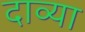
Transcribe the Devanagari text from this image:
दाव्या